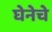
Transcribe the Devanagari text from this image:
घेनेचे